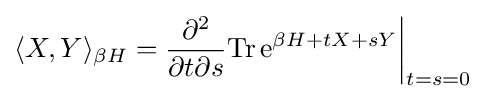
\langle X,Y\rangle _{\beta H}={\frac {\partial ^{2}}{\partial t\partial s}}{\rm {Tr}}\,{\rm {e}}^{\beta H+tX+sY}{\bigg \vert }_{t=s=0}